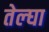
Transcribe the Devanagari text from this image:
तेल्घा